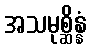
အသမုစ္ဆိန္နံ